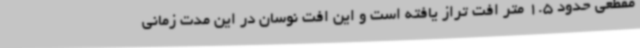
مقطعی حدود 1.5 متر افت تراز یافته است و این افت نوسان در این مدت زمانی